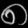
Digit: ၈